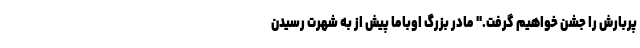
پربارش را جشن خواهیم گرفت." مادر بزرگ اوباما پیش از به شهرت رسیدن